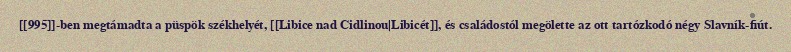
[[995]]-ben megtámadta a püspök székhelyét, [[Libice nad Cidlinou|Libicét]], és családostól megölette az ott tartózkodó négy Slavník-fiút.